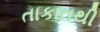
તાકાતથી